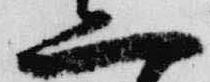
二